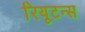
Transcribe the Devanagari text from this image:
रियूटन्स